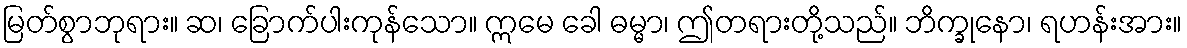
မြတ်စွာဘုရား။ ဆ၊ ခြောက်ပါးကုန်သော။ ဣမေ ခေါ ဓမ္မာ၊ ဤတရားတို့သည်။ ဘိက္ခုနော၊ ရဟန်းအား။